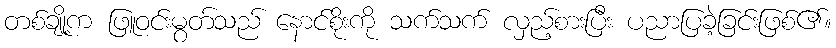
တစ်ချို့က ဖြူဝင်းမွတ်သည် နောင်စိုးကို သက်သက် လှည့်စားပြီး ပညာပြခဲ့ခြင်းဖြစ်၏။